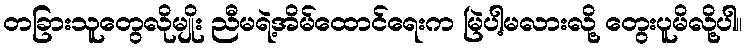
တခြားသူတွေလိုမျိုး ညီမရဲ့အိမ်ထောင်ရေးက မြဲပါ့မလားလို့ တွေးပူမိလို့ပါ။